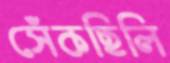
সেঁকছিলি